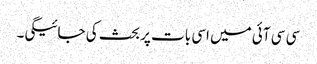
سی سی آئی میں اسی بات پر بحث کی جائیگی۔